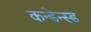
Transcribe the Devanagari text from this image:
कन्डेन्स्ड